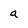
Character: a